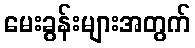
မေးခွန်းများအတွက်